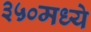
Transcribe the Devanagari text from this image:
३५०मध्ये